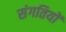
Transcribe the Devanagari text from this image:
संगतियों